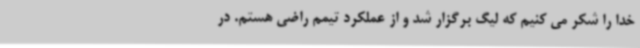
خدا را شکر می کنیم که لیگ برگزار شد و از عملکرد تیمم راضی هستم. در